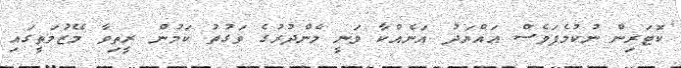
ކޮޓަރިން ނުކުމެފަވެސް އައްޔަދު އަނެއްކާ ވަނީ މެންދުރުގެ ވަގުތު ކަމުން ރީތިވާ މޭޒުމަތީގައި